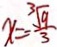
x = - \frac { \sqrt [ 3 ] { 9 } } { 3 }